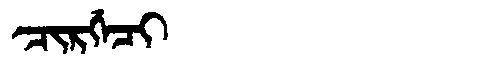
Manchu: ᠴᡳᡵᡤᡝᠴᡳ
Romanization: CIRGECI